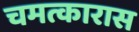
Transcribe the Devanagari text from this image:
चमत्कारास